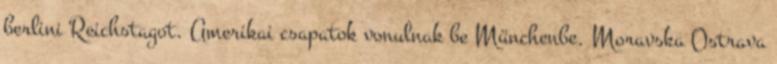
berlini Reichstagot. Amerikai csapatok vonulnak be Münchenbe. Moravska Ostrava